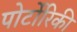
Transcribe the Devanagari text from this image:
पोर्टोरिकी